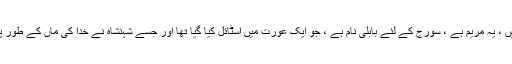
عورت کے بارے میں ، یہ مریم ہے ، سورج کے لئے بابلی نام ہے ، جو ایک عورت میں اسٹائل کیا گیا تھا اور جسے شہنشاہ نے خدا کی ماں کے طور پر مذہب میں ڈالا تھا۔